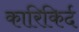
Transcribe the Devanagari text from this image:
कारिकिर्द